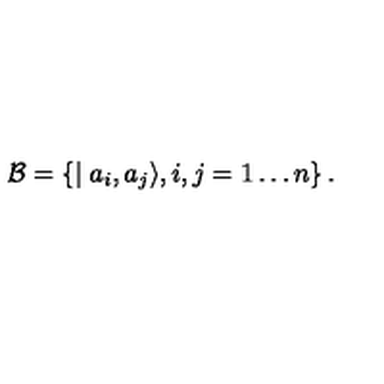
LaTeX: { \cal B } = \left\{ \mid a _ { i } , a _ { j } \rangle , i , j = 1 \ldots n \right\} .